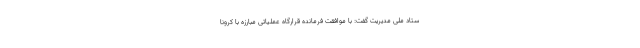
ستاد ملی مدیریت گفت: با موافقت فرمانده قرارگاه عملیاتی مبارزه با کرونا